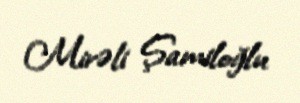
Mirəli Şamiloğlu